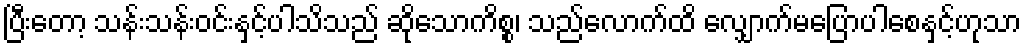
ပြီးတော့ သန်းသန်းဝင်းနှင့်ပါသိသည် ဆိုသောကိစ္စ၊ သည်လောက်ထိ လျှောက်မပြောပါစေနှင့်ဟုသာ